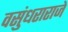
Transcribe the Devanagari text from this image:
वसुंधराराजे